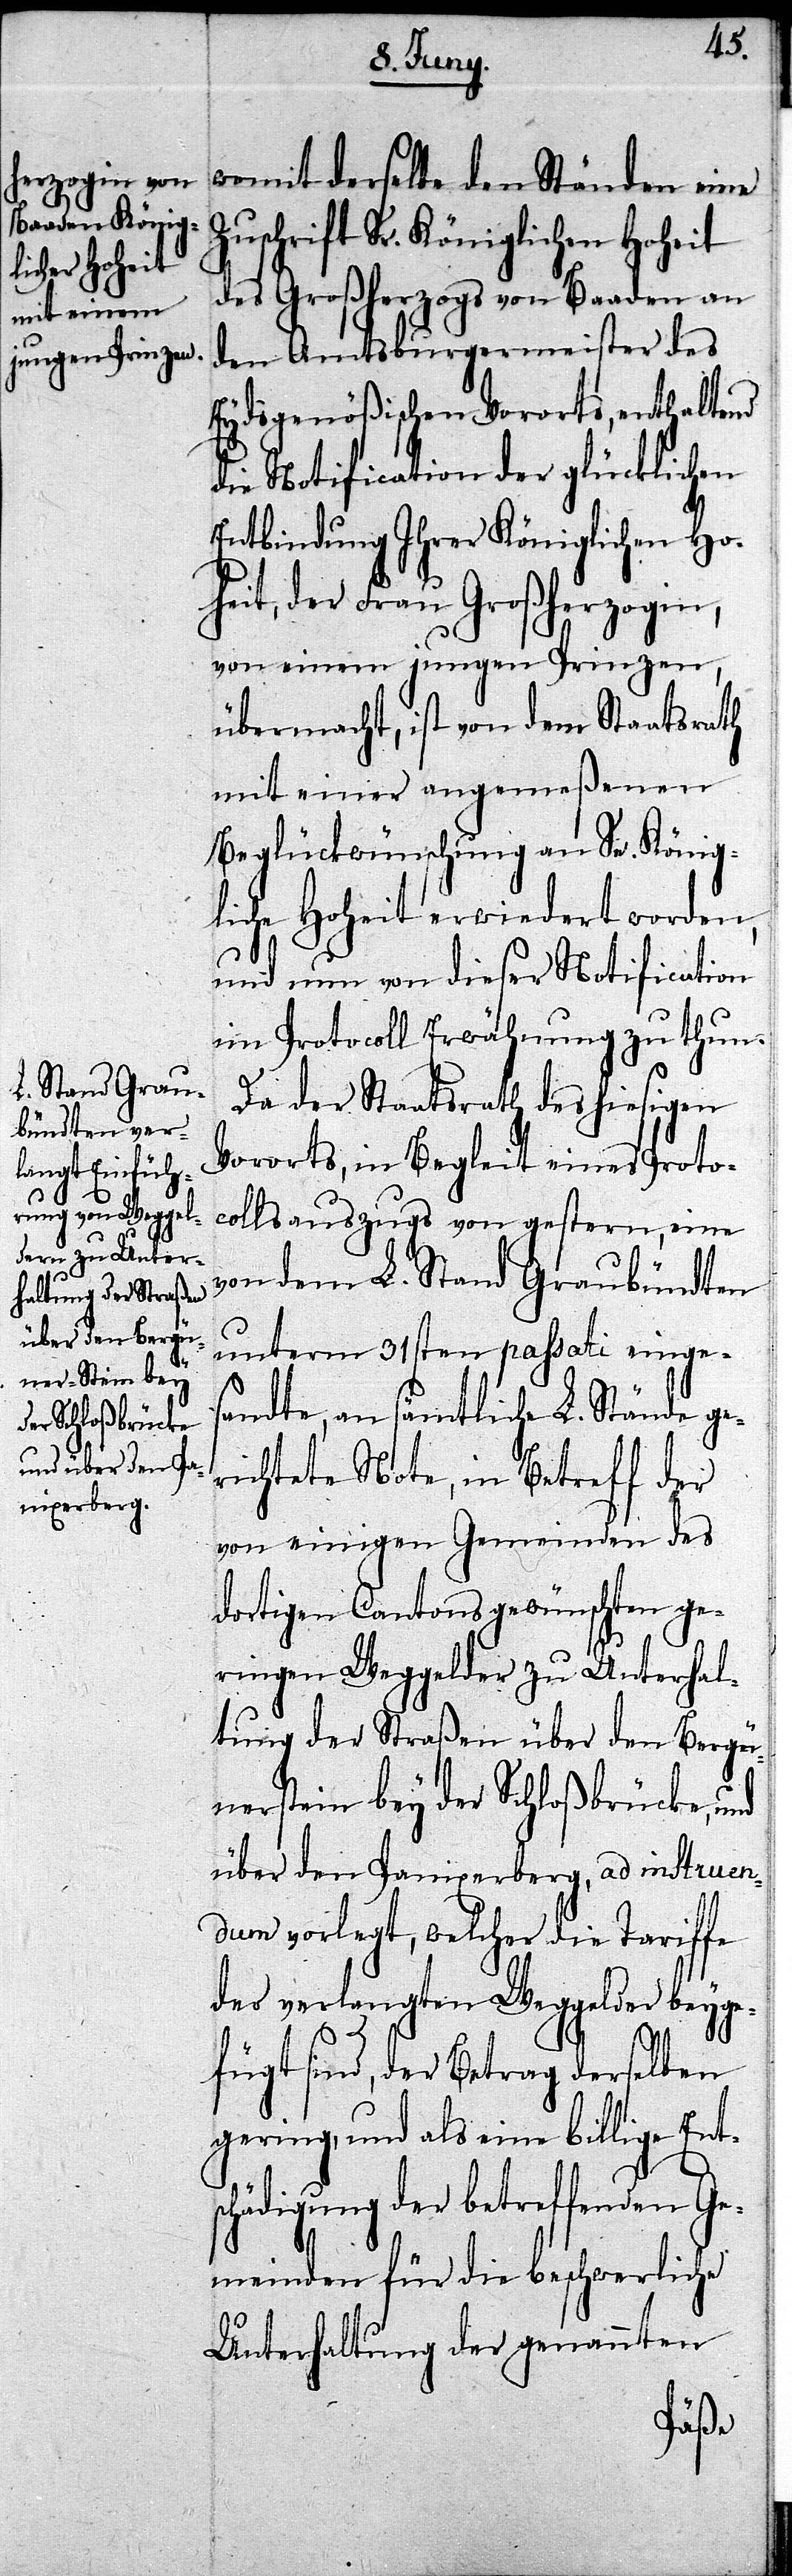
womit derselbe den Ständen eine
schrift Sr. Königlichen Hoheit
des Großherzogs von Baaden an
den Amtsburgermeister des
Eydsgenößischen Vororts, enthaltend
die Notification der glücklichen
Entbindung Ihrer Königlichen Ho¬
heit, der Frau Großherzogin,
von einem jungen Prinzen,
übermacht, ist von dem Staatsrath
mit einer angemeßenen
Beglückwünschung an Se. König¬
liche Hoheit erwiedert worden,
und nun von dieser Notification
im Protokoll Erwähnung zu thun.
Da der Staatsrath des hiesigen
Vororts, in Begleit eines Proto¬
collsauszugs von gestern, eine
von dem L. Stand Graubündten
unterm 31sten passati einge¬
sandte, an sämtliche L. Stände ge¬
richtete Note, in Betreff der
von einigen Gemeinden des
dortigen Cantons gewünschten ge¬
ringen Weggelder zu Unterhal¬
tung der Straßen über den Bergü¬
nerstein bey der Schloßbrücke, und
über den Panixerberg, ad instruen¬
dum vorlegt, welcher die Tariffe
der verlangten Weggelder beygef¬
ügt sind, der Betrag derselben
gering, und als eine billige Ents¬
chädigung der betreffenden Ge¬
meinden für die beschwerliche
Unterhaltung der genannten
Zu¬